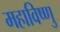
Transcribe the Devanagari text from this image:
महाविष्‍णु